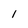
Character: l